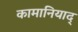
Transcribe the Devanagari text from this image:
कामानियाद्